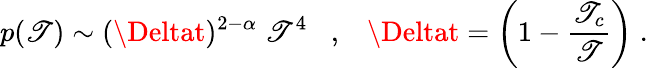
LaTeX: p(\mathscr{T})\sim(\Deltat)^{2-\alpha}\; \mathscr{T}^{4}\; \; \; ,\; \; \; \Deltat=\left(1-\frac{{\mathscr{T}_{c}}}{{\mathscr{T}}}\right)\; .